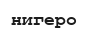
нигеро